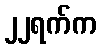
၂၂ရက်က